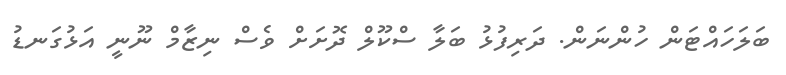
ބަލަހައްޓަން ހުންނަން. ދަރިފުޅު ބަލާ ސްކޫލް ދޮށަށް ވެސް ނިޒާމް ނޫނީ އަޅުގަނޑު